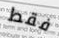
فقط